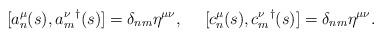
LaTeX: \begin{align*}[a_n^\mu(s),{a_m^\nu}^{\dagger}(s)]=\delta_{nm}\eta^{\mu \nu},~~~~[c_n^\mu(s),{c_m^\nu}^{\dagger}(s)]=\delta_{nm}\eta^{\mu\nu}.\end{align*}